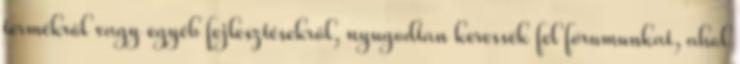
termékről vagy egyéb fejlesztésekről, nyugodtan keressék fel fórumunkat, ahol